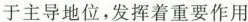
于主导地位，发挥着重要作用